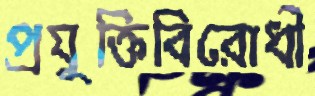
প্রযুক্তিবিরোধী